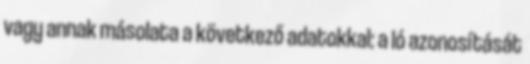
vagy annak másolata a következő adatokkal: a ló azonosítását